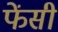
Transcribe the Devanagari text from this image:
फेंसी